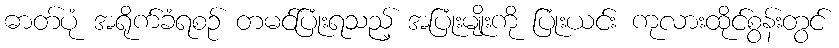
ဓာတ်ပုံ အရိုက်ခံရစဉ် တမင်ပြုံးရသည့် အပြုံးမျိုးကို ပြုံးယင်း ကုလားထိုင်စွန်းတွင်